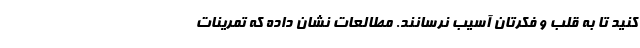
کنید تا به قلب و فکرتان آسیب نرسانند. مطالعات نشان داده که تمرینات